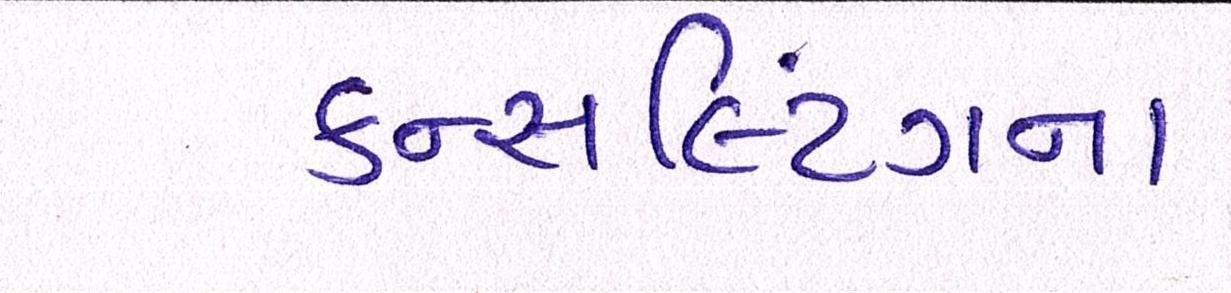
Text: કન્સલ્ટિંગના